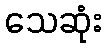
သေဆုံး